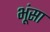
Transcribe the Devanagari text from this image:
भूंसा